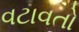
વટાવતો